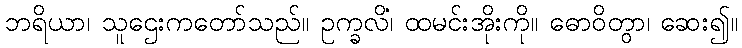
ဘရိယာ၊ သူဌေးကတော်သည်။ ဥက္ခလိံ၊ ထမင်းအိုးကို။ ဓောဝိတွာ၊ ဆေး၍။